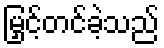
မြှင့်တင်ခဲ့သည်